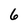
Character: 6